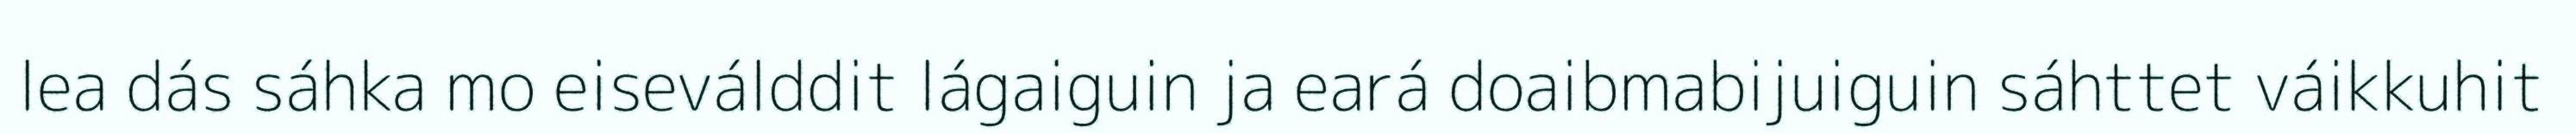
lea dás sáhka mo eiseválddit lágaiguin ja eará doaibmabijuiguin sáhttet váikkuhit